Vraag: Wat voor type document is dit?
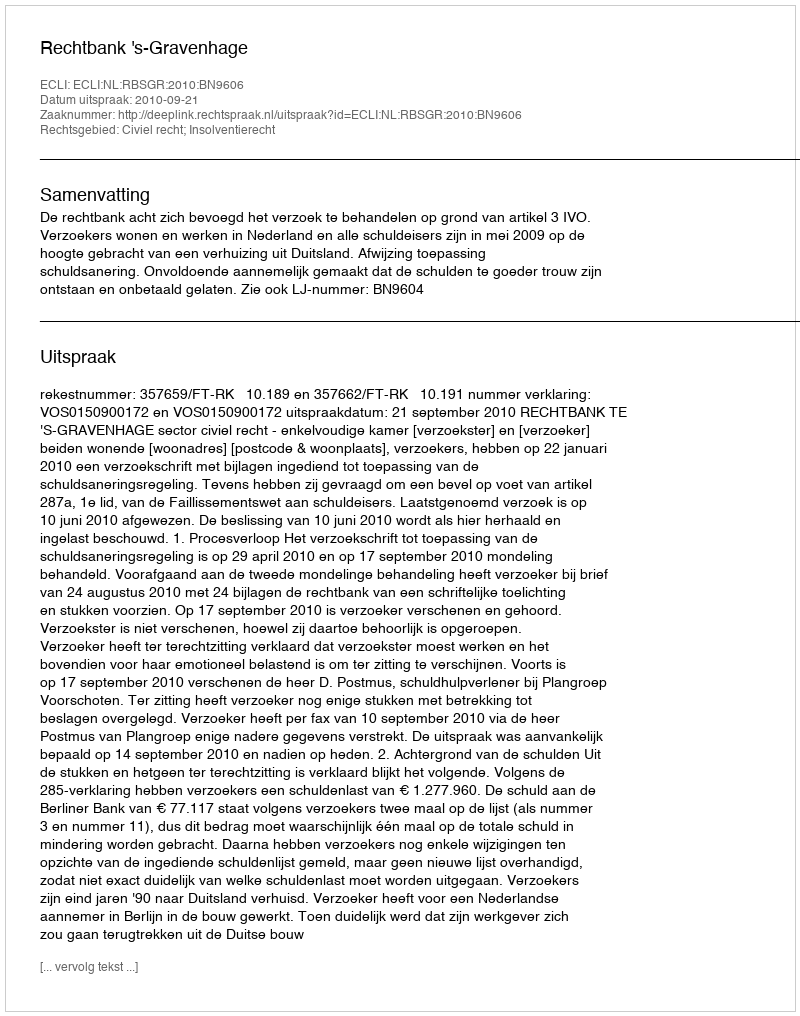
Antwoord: Uitspraak